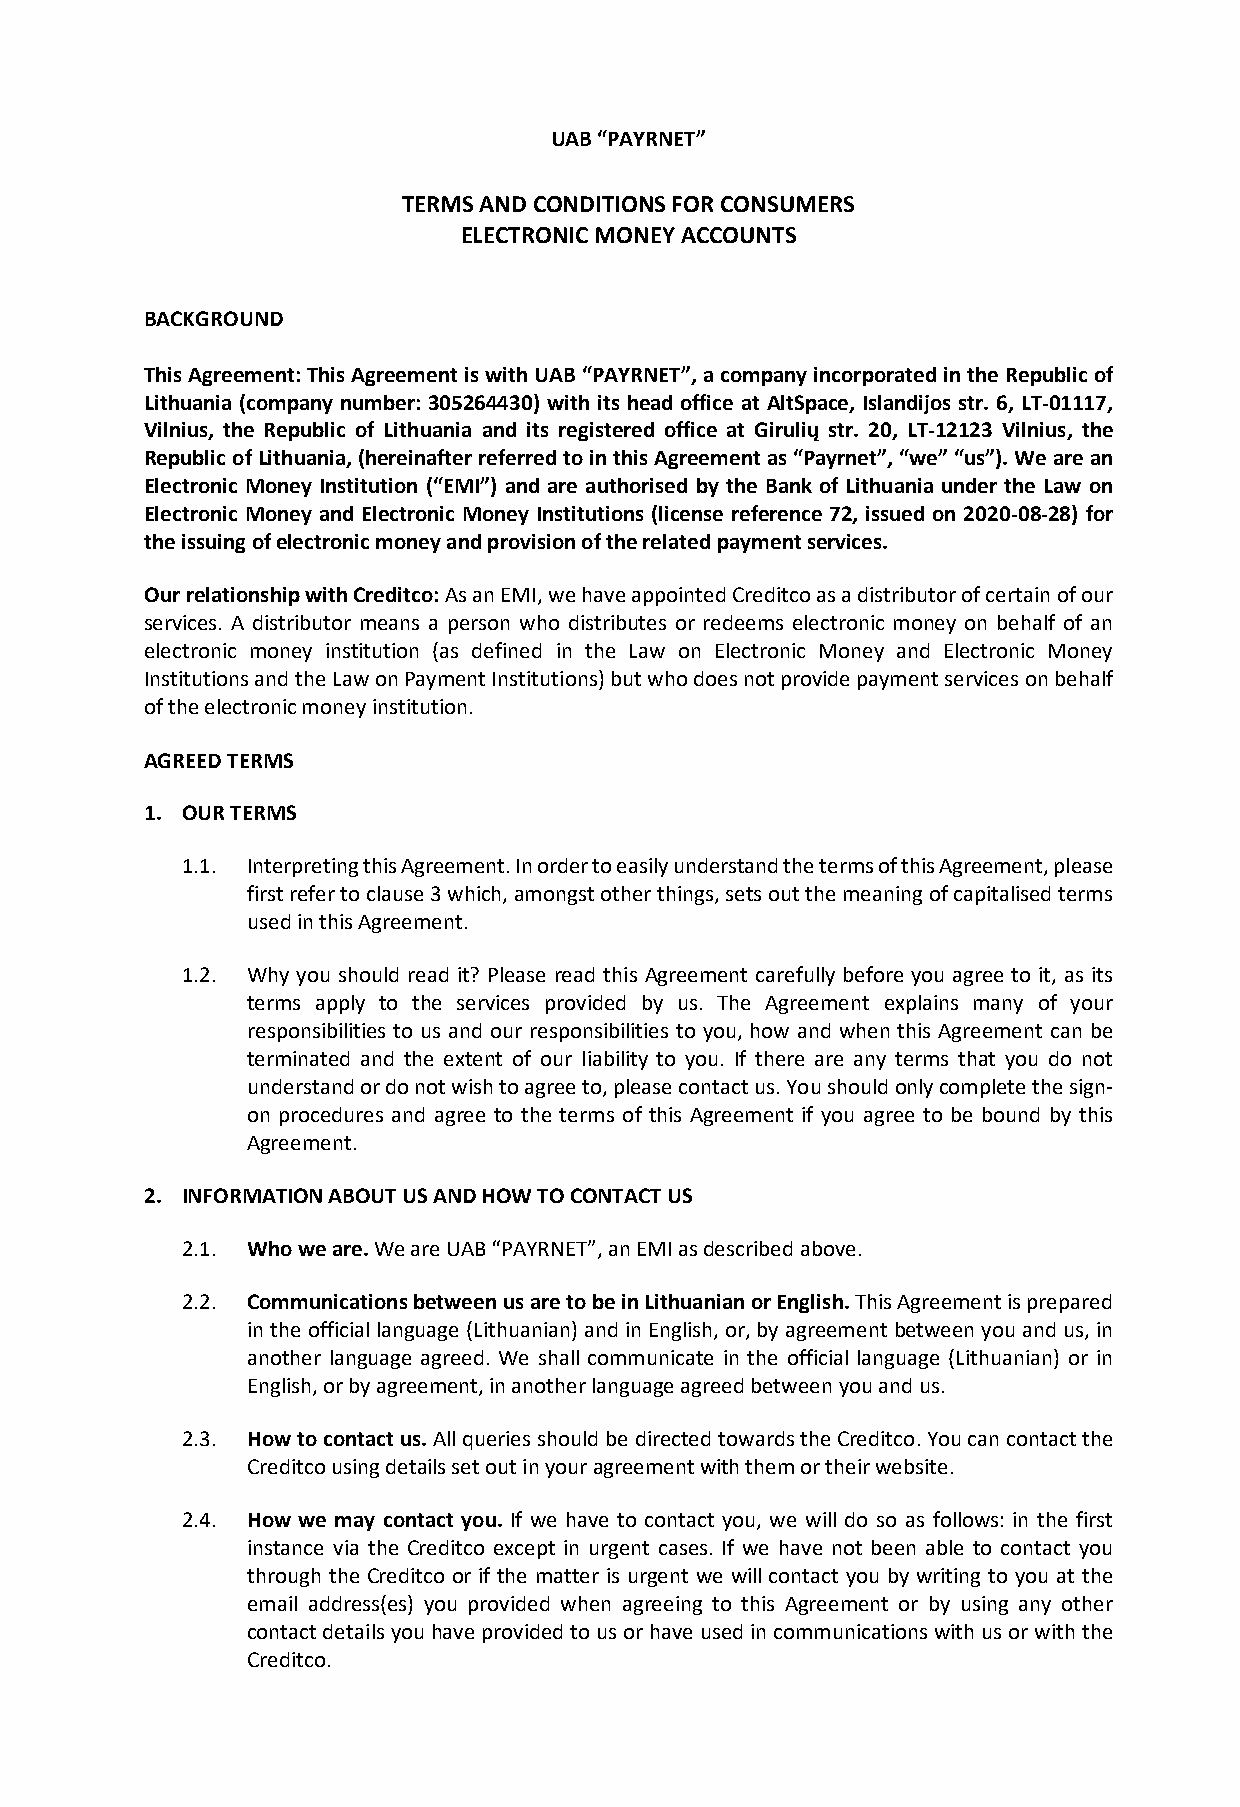
UAB “PAYRNET”
 TERMS AND CONDITIONS FOR CONSUMERS
 ELECTRONIC MONEY ACCOUNTS
 BACKGROUND
 This Agreement: This Agreement is with UAB “PAYRNET”, a company incorporated in the Republic of
 Lithuania (company number: 305264430) with its head office at AltSpace, Islandijos str. 6, LT-01117,
 Vilnius, the Republic of Lithuania and its registered office at Girulių str. 20, LT-12123 Vilnius, the
 Republic of Lithuania, (hereinafter referred to in this Agreement as “Payrnet”, “we” “us”). We are an
 Electronic Money Institution (“EMI”) and are authorised by the Bank of Lithuania under the Law on
 Electronic Money and Electronic Money Institutions (license reference 72, issued on 2020-08-28) for
 the issuing of electronic money and provision of the related payment services.
 Our relationship with Creditco: As an EMI, we have appointed Creditco as a distributor of certain of our
 services. A distributor means a person who distributes or redeems electronic money on behalf of an
 electronic money institution (as defined in the Law on Electronic Money and Electronic Money
 Institutions and the Law on Payment Institutions) but who does not provide payment services on behalf
 of the electronic money institution.
 AGREED TERMS
 1. OUR TERMS
 1.1. Interpreting this Agreement. In order to easily understand the terms of this Agreement, please
 first refer to clause 3 which, amongst other things, sets out the meaning of capitalised terms
 used in this Agreement.
 1.2. Why you should read it? Please read this Agreement carefully before you agree to it, as its
 terms apply to the services provided by us. The Agreement explains many of your
 responsibilities to us and our responsibilities to you, how and when this Agreement can be
 terminated and the extent of our liability to you. If there are any terms that you do not
 understand or do not wish to agree to, please contact us. You should only complete the sign-
 on procedures and agree to the terms of this Agreement if you agree to be bound by this
 Agreement.
 2. INFORMATION ABOUT US AND HOW TO CONTACT US
 2.1. Who we are. We are UAB “PAYRNET”, an EMI as described above.
 2.2. Communications between us are to be in Lithuanian or English. This Agreement is prepared
 in the official language (Lithuanian) and in English, or, by agreement between you and us, in
 another language agreed. We shall communicate in the official language (Lithuanian) or in
 English, or by agreement, in another language agreed between you and us.
 2.3. How to contact us. All queries should be directed towards the Creditco. You can contact the
 Creditco using details set out in your agreement with them or their website.
 2.4. How we may contact you. If we have to contact you, we will do so as follows: in the first
 instance via the Creditco except in urgent cases. If we have not been able to contact you
 through the Creditco or if the matter is urgent we will contact you by writing to you at the
 email address(es) you provided when agreeing to this Agreement or by using any other
 contact details you have provided to us or have used in communications with us or with the
 Creditco.